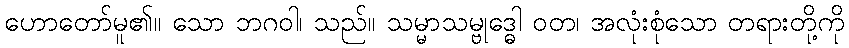
ဟောတော်မူ၏။ သော ဘဂဝါ၊ သည်။ သမ္မာသမ္ဗုဒ္ဓေါ ဝတ၊ အလုံးစုံသော တရားတို့ကို